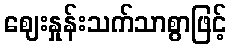
ဈေးနှုန်းသက်သာစွာဖြင့်